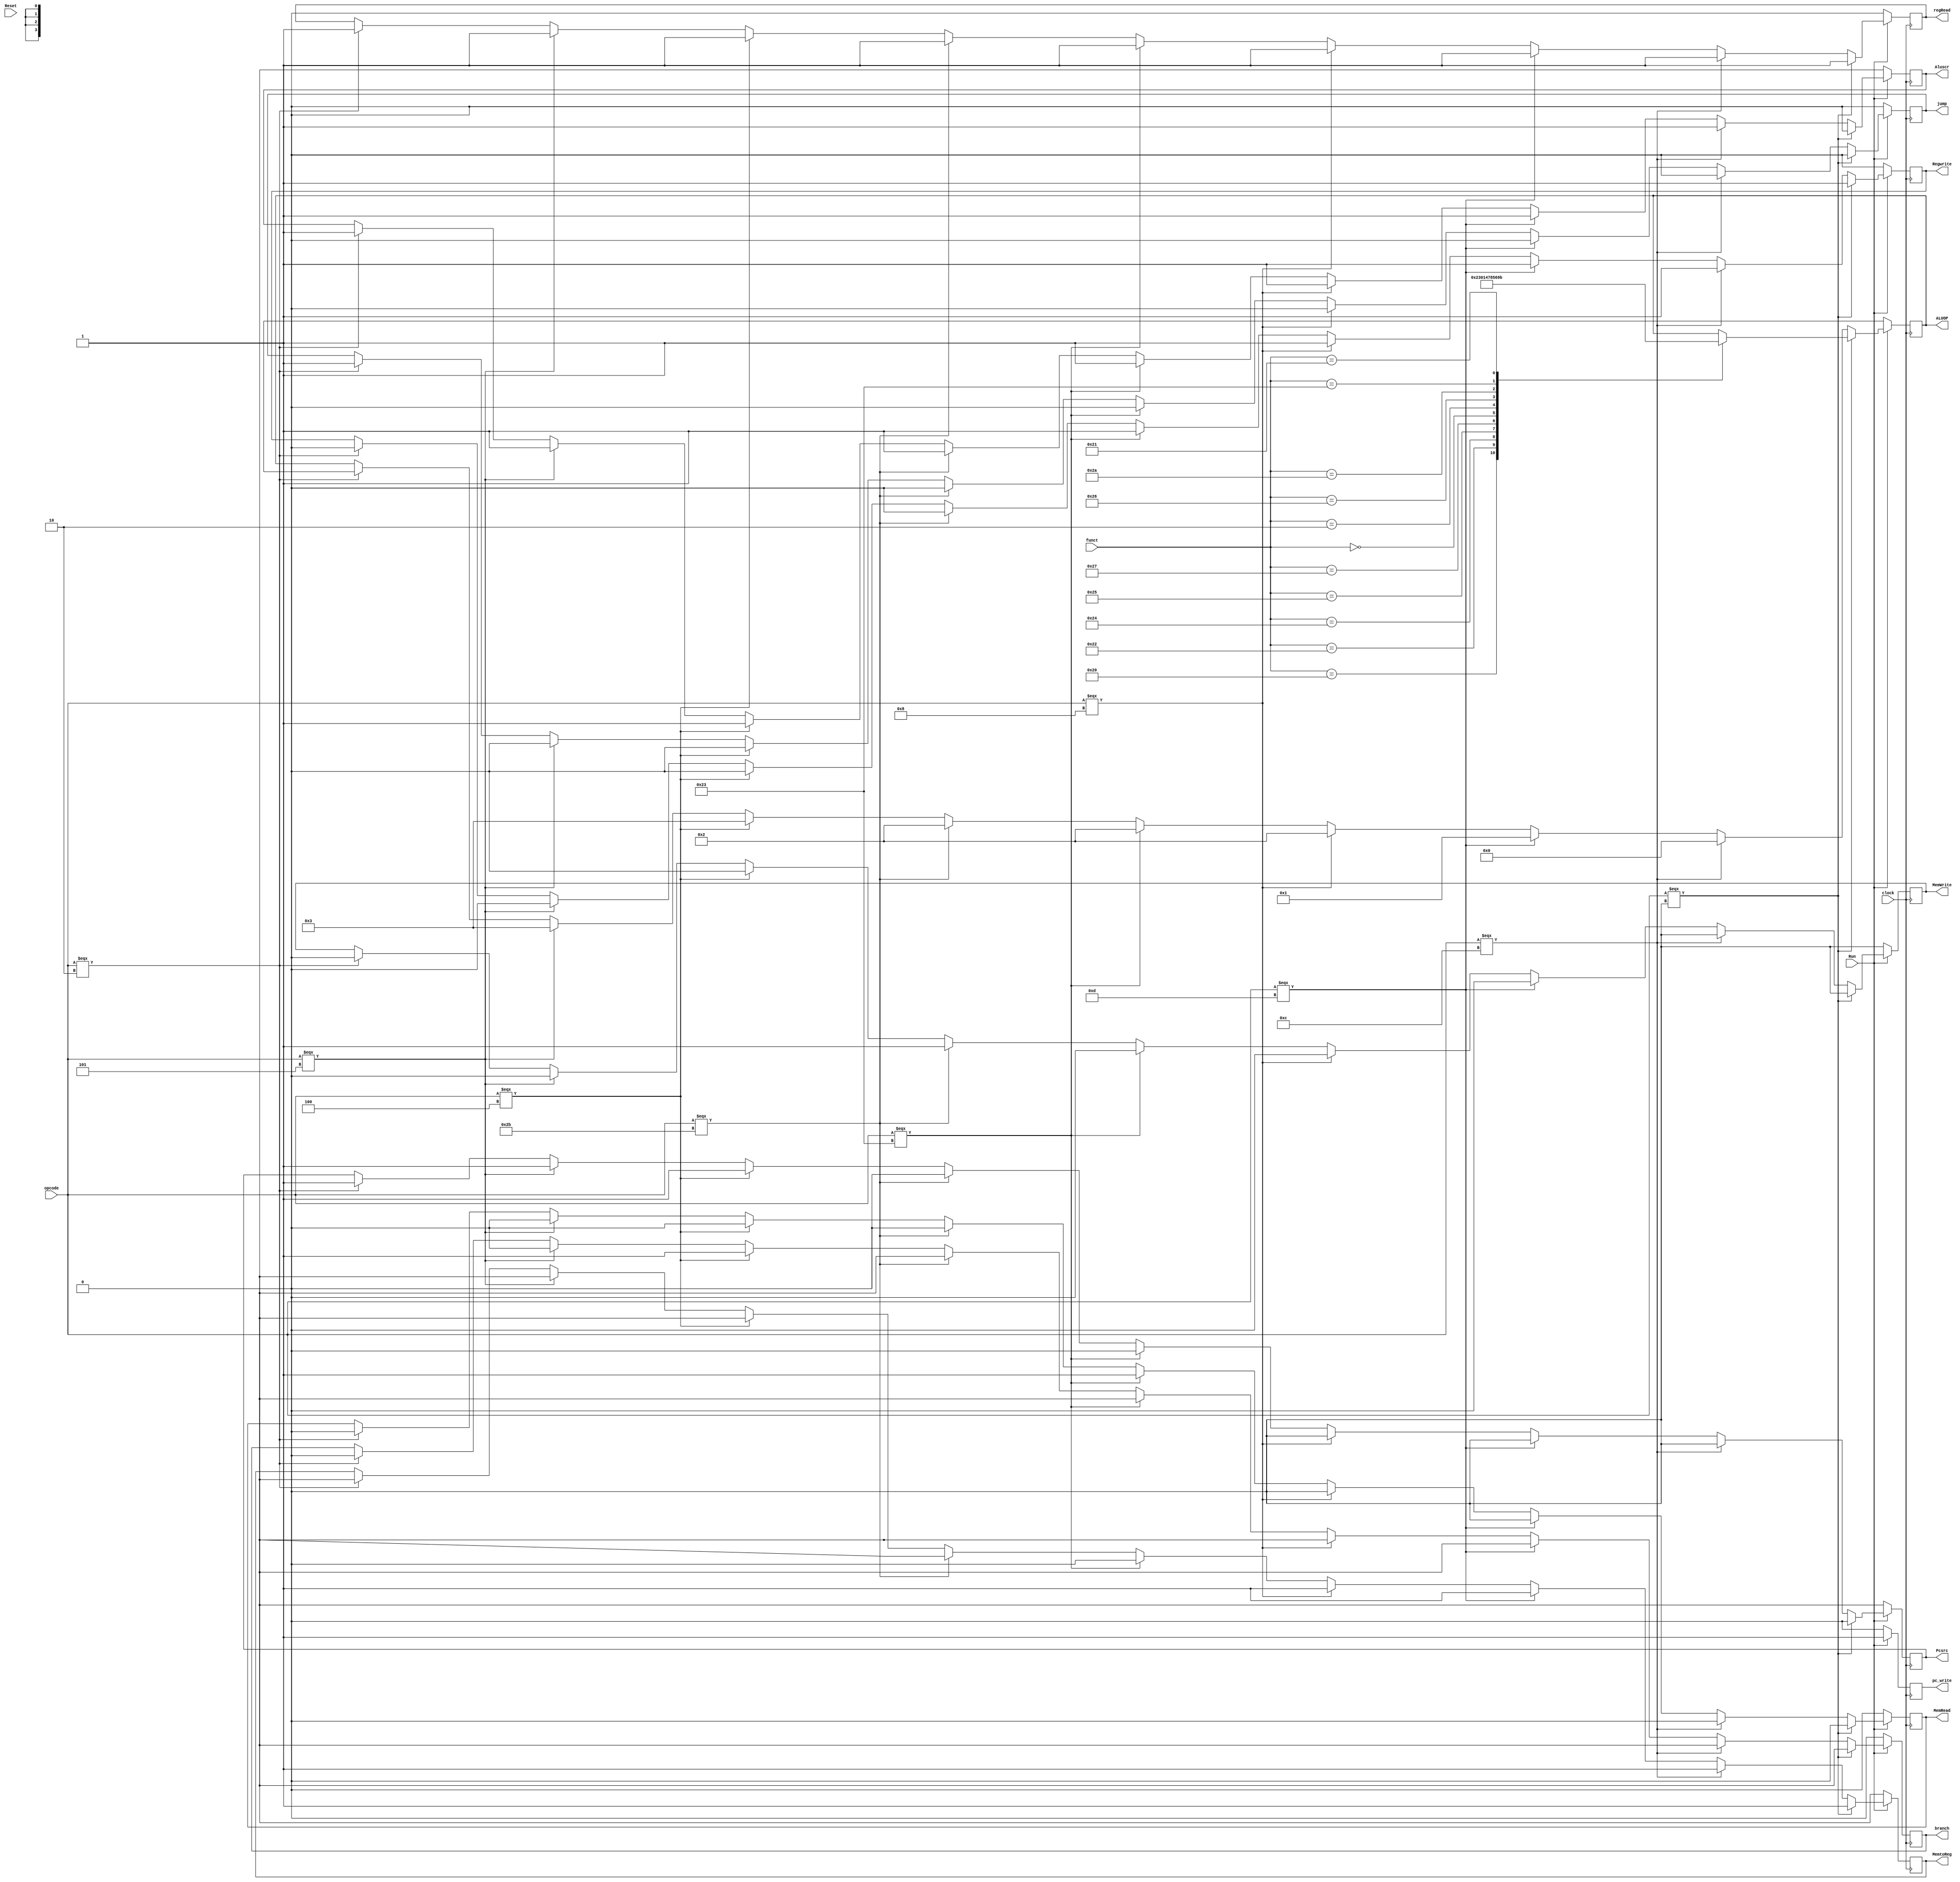
////this whole file will change in the pipeline stage
///i should modify the design to take in the rest signal  
/// instruction subset thier hex opcode/function filed
///we will have to modify the alu so it can take the unsign operation
//some of the instructions like  subu (the unsign operstions ) ... jal,jr....... will not be implememented in the first month

	/* instruction   __ opcode __ function filed 
		/add        __000000__  10 0000    //implemented  
		/sub        ___000000__    10 0010  //implemented
		/and       ___000000 ___   10 0100  //implemented
		/andi       __  00 1100___no function filed  //implemented
		/or         ____000000___  10  0101     //implemented
		/ori     ____00 1101__no function filed   //implemented
		/nor       ___000000 ___ 10 0111     //implemented
		/sll   	___000000__00000   //implemented
		/srl  		_____ 00000  ____00 0010   //implemented
		/addi		 ____00 1000 ____no functionfield   //implemented
		/addu    ______ 00 1001 _______100001   // not implemented
		/subu   ____ 00 0000 ____ 100011  //not  implemented
		/xor      ____ 000000____10 0110  //implemented
		/beq     _____000100 _____ no function field  //implemented
		/bnq       ____000101 _____ no function field  //implemented
		/jump   _____  000010 _____no function field  //implemented
		jr     ____ 000000   _____001001   //  not implemented
		jal    _____ 000011 ______no function field  // not implemented
		/lw    ______   100011 ______no function field //  //implemented
		/sw    ______  101011 ______no function field  //implemented
		/slt ____ 000000_____101010  //implemented
		

*/

module control(clock,Reset,opcode,Run,pc_write,funct,Regwrite,Aluscr,Pcsrc,branch,MemWrite,MemRead,regRead,MemtoReg,ALUOP,jump);
	input clock,Reset,Run;
	output  reg pc_write,jump,Regwrite,Aluscr,Pcsrc,MemWrite,MemRead,MemtoReg,regRead,branch;
	output  reg [3:0]ALUOP;
	
	
	
	
	always @(posedge clock)
	if (Run)
		pc_write=1;	
	else 
		pc_write =0;
		
		
	
	
	input [5:0]opcode;

	input [5:0]funct;
	
	
	
	/*assign opcode=Instruction[31:26];
	assign rs_addr=Instruction[25:21];
	assign rt_addr=Instruction[20:16];
	assign rd_addr=Instruction[15:11];
	assign shamt=Instruction[10:6];
	assign funct=Instruction[5:0];
	assign imm=Instruction[15:0];
	assign adderss=Instruction[25:0];*/
	
	
	always @(posedge clock)
	begin
					
					if (Run)
										begin
														if (opcode===6'b0)
														//this means its R type
														begin
																regRead=1;
																Regwrite=1;
																Aluscr=0;
																Pcsrc=0;
																MemWrite=0;
																MemRead=0;
																MemtoReg=1;
																branch=1'bx;
																jump=1'b0;
																case(funct)
																				6'b100000://add
																				begin
																					ALUOP=4'b0010;
																				
																				end 
																				
																				6'b100010://sub
																				begin
																					ALUOP=4'b0011;

																				end

																					
																				
																				
																				
																				6'b100100://and
																				begin
																					ALUOP=4'b0000;
																				end 
																				
																				6'b100101  ://or
																				begin
																					ALUOP=4'b0001;
																				end
																				
																				6'b100111 ://nor
																				begin
																					ALUOP=4'b0100;
																				end
																				
																				6'b000000 ://sll
																				begin
																					ALUOP=4'b0111;
																				
																				
																				
																				
																				end 
																				
																				
																				6'b000010 ://srl
																				begin
																					ALUOP=4'b1000;
																				end 
																				
																				
																				6'b100110 ://xor
																				begin
																					ALUOP=4'b0101;
																				end 
																				
																				
																				
																				
																				
																				
																				6'b101010 ://slt
																				begin
																					ALUOP=4'b0110;
																				end
																				
																				6'b100011 ://subu
																				begin
																					ALUOP=4'b1001;
																				end
																				
																				6'b100001 ://addu
																				begin
																					ALUOP=4'b1011;
																				end

																	
																endcase
														end
														else if (opcode===6'b001100)//andi
														begin 
																jump=1'b0;
																regRead=1;
																Regwrite=1;
																Aluscr=1;
																branch=1'bx;
																Pcsrc=0;
																ALUOP=4'b0000;
																MemWrite=0;
																MemRead=0;
																MemtoReg=1;
														end 
														
														else if (opcode===6'b001101  )//ori
														begin 
																jump=1'b0;
																regRead=1;
																Regwrite=1;
																Aluscr=1;
																branch=1'bx;
																Pcsrc=0;
																ALUOP=4'b0001;
																MemWrite=0;
																MemRead=0;
																MemtoReg=1;
														end
														
														
														
														
														
														else if (opcode===6'b001000)//addi
														begin 
																regRead=1;
																jump=1'b0;
																Regwrite=1;
																Aluscr=1;
																branch=1'bx;
																Pcsrc=0;
																ALUOP=4'b0010;
																MemWrite=0;
																MemRead=0;
																MemtoReg=1;
														end
														
														else if (opcode===6'b100011)//lw
														begin 
																regRead=1;
																Regwrite=1;
																jump=1'b0;
																Aluscr=1;
																Pcsrc=0;
																branch=1'bx;
																ALUOP=4'b0010;
																MemWrite=0;
																MemRead=1;
																MemtoReg=0;
														end
														
														else if (opcode===6'b101011)//sw
														begin 
																regRead=1;
																jump=1'b0;
																Regwrite=0;
																Aluscr=1;
																Pcsrc=0;
																branch=1'bx;
																ALUOP=4'b0010;
																MemWrite=1;
																MemRead=0;
																MemtoReg=1'bx;
														end
														
														
														
														else if (opcode===6'b000100)//beq
														begin 
																regRead=1;
																Regwrite=0;
																Aluscr=1;
																Pcsrc=1;
																jump=1'b0;
																ALUOP=4'b0011;
																MemWrite=0;
																MemRead=0;
																branch=1;
																MemtoReg=1'bx;
														end
														
														
														else if (opcode===6'b000101)//bnq
														begin 
																regRead=1;
																Regwrite=0;
																Aluscr=1;
																Pcsrc=1;
																ALUOP=4'b0011;
																MemWrite=0;
																MemRead=0;
																branch=0;
																jump=1'b0;
																MemtoReg=1'bx;
														end
														
														
														else if (opcode===6'b000010)//jump
														begin 
																regRead=1;
																Regwrite=0;
																Aluscr=1;
																Pcsrc=1;
																ALUOP=4'bxxxx;
																MemWrite=0;
																MemRead=0;
																branch=0;
																jump=1'b1;
																MemtoReg=1'bx;
														end
										 
										
										
					end
					
					
					
					
					
					else
					begin 
							regRead=0;
							Regwrite=0;
							Aluscr=1'bx;
							Pcsrc=1'bx;
							ALUOP=4'bxxxx;
							MemWrite=0;
							MemRead=0;
							branch=0;
							jump=1'b0;
							MemtoReg=1'bx;	
					
					end 
	end

	

endmodule